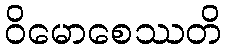
ဝိမောစေဿတိ